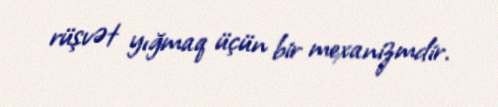
rüşvət yığmaq üçün bir mexanizmdir.